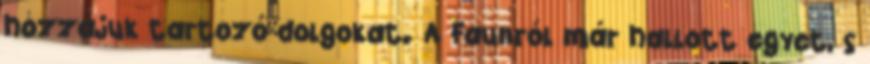
hozzájuk tartozó dolgokat. A Faunról már hallott egyet, s